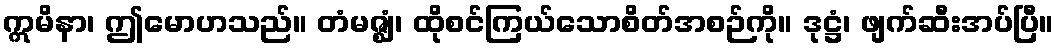
ဣမိနာ၊ ဤမောဟသည်။ တံမဇ္ဈံ၊ ထိုစင်ကြယ်သောစိတ်အစဉ်ကို။ ဒုဋ္ဌံ၊ ဖျက်ဆီးအပ်ပြီ။